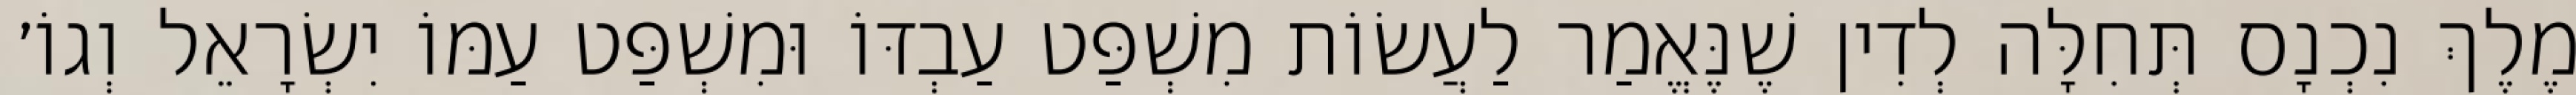
מֶלֶךְ נִכְנָס תְּחִלָּה לְדִין שֶׁנֶּאֱמַר לַעֲשׂוֹת מִשְׁפַּט עַבְדּוֹ וּמִשְׁפַּט עַמּוֹ יִשְׂרָאֵל וְגוֹ׳